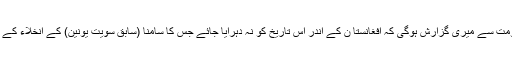
پاکستان کی حکومت سے میری گزارش ہوگی کہ افغانستا ن کے اندر اُس تاریخ کو نہ دہرایا جائے جس کا سامنا (سابق سویت یونین) کے انخلاء کے بعد کرنا پڑا تھا۔